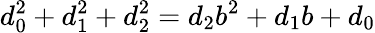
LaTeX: d_{0}^{2}+d_{1}^{2}+d_{2}^{2}=d_{2}b^{2}+d_{1}b+d_{0}